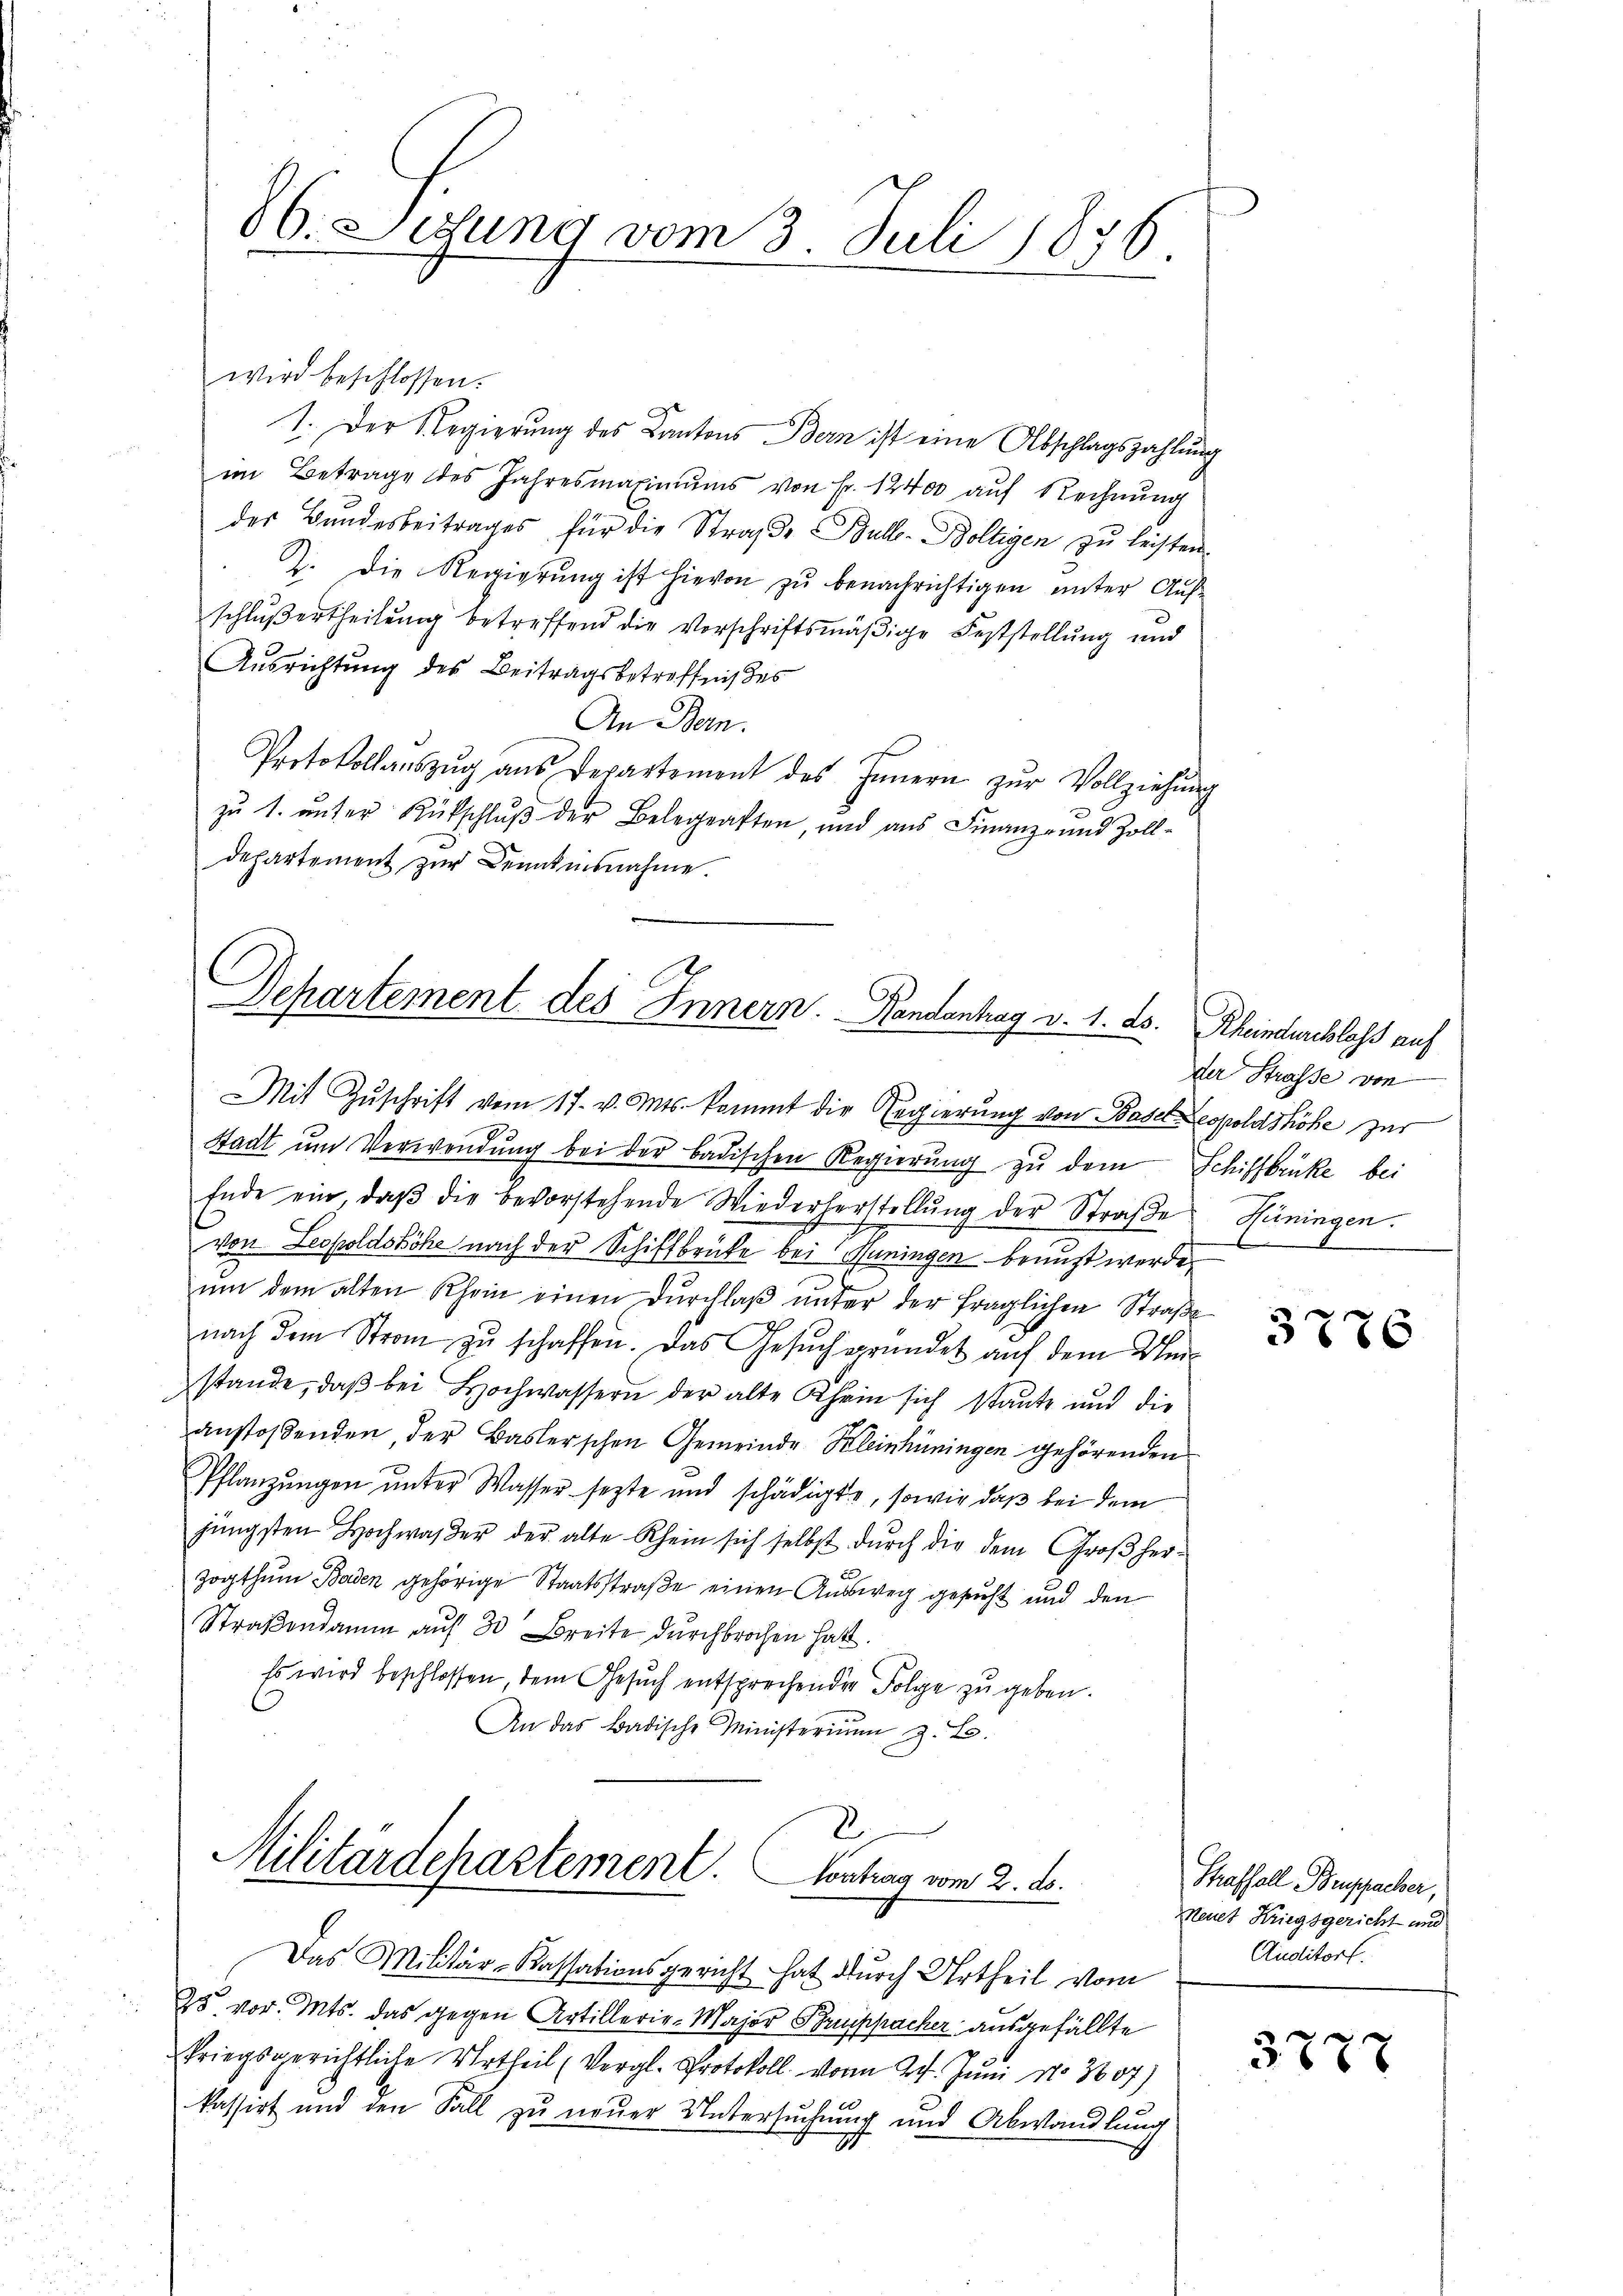
86. Littung vom 3. Juli 1876

wird beschlossen.
1. Der Regierung des Kantons Bern ist eine Abschlagszahlung
im Betrage des Jahresmaximŭms von Fr. 12400 auf Rechnŭng
des Bundesbeitrages für die Strafe Bulle-Boltigen zu leisten
2. Die Regierŭng ist hievon zŭ benachrichtigen ŭnter Aŭf-
schlŭβertheilŭng betreffend die Vorschriftsmäβige Feststellŭng und
Ausrichtung des Beitragsbetreffnißes
An Bern.
Protokollaŭszŭg ans Departement des Innern zŭr Vollziehŭng
zu 1. unter Rükschlŭβ der Belegensten, und aus Finanz- und Zoll-
departement zur Denntnisnahme.

Departement des Innern. Handantrag v. 1. ds. Rheindurchlass auf

Mit Zŭschrift vom 17. v. Mts. kommt die Regierung von Basel Leopoldshöhe zur
Stadt ŭm Verwendŭng bei der badischen Regierŭng zu dem Schiffbrücke bei
Ende ein, daβ die bevorstehende Wiederherstellŭng der Straβe Hüningen.
von Leopoldsköhe nach der Schiffbrücke bei Huningen benuzt werde.
ŭm dem alten Rhein einen dŭrchlaβ ŭnter der fraglichen Straβe
nach dem Strom zu schaffen. Das Gesuch gründet auf dem Unistande, daβ bei Hochwassern der alte Rhein sich stante und die
anstoßenden, der Baslerschen Gemeinde Kleinhüningen gehörenden
Pflanzungen unter Wasser sezte und schädigte, sowie daß bei dem
jüngsten Hochwander der alte Rhein sich selbst dŭrch die dem Groβ her-
zogthum Baden gehörige Staatsstraße einen Aussweg gesucht und den
Straßendamm auf 30 Breite durchbrochen hatt
Es wird beschlossen, dem Gesuch entsprechender Folge zu geben.
An das Badische Ministerium z. B.
Militärdepartement. Contrag vom 2. ds.

Das Militär-Kassationsgericht hat durch Urtheil vom

25 vor. Mts. das gegen Artillerie-Major Bruppacher ausgefällte
kriegsgerichtliche Urtheil (Vergl. Protokoll von 24. Juni No 3607)
kassirt und den Sall zu neuer Untersuchung und Abwandlung

der Strasse von

3786

Straffall Bruppacher,
Meuet Kriegsgericht und
Auditorf.

378x